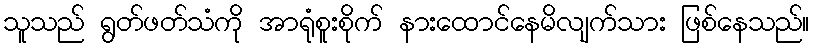
သူသည် ရွတ်ဖတ်သံကို အာရုံစူးစိုက် နားထောင်နေမိလျက်သား ဖြစ်နေသည်။